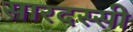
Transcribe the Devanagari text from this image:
सारदस्सी